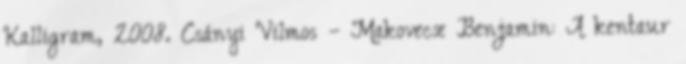
Kalligram, 2008. Csányi Vilmos – Makovecz Benjamin: A kentaur